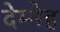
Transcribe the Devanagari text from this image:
देम्नेह